system: You are a helpful assistant.
user:
Analyze the provided spectrum to determine if it is a **"Cataclysmic Variables (CV)"**.

- **Key Indicators for CV (Check for either state):**
    - **State 1: Quiescent / Low-State (Emission-Dominated)**
        - **(Primary):** Strong and *very broad* Hydrogen Balmer emission lines (e.g., $H\alpha$ at 6563 Å, $H\beta$ at 4861 Å). The 'broadness' (high velocity dispersion, often FWHM > 1000 km/s) is the key diagnostic, indicating a high-velocity accretion disk.
        - **(Secondary):** Broad neutral Helium (He I) emission lines (e.g., 5876 Å, 6678 Å).
        - **(Key Confirmation):** Presence of high-excitation *ionized* Helium (He II) emission at 4686 Å. This is a strong indicator of accretion onto a white dwarf.
        - **(Line Profile):** Emission lines may exhibit a 'double-peaked' profile, which is a classic signature of a rotating accretion disk viewed at high inclination.

    - **State 2: Outburst / High-State (Absorption-Dominated)**
        - **(Primary):** Spectrum is dominated by a bright, blue continuum (looks like a hot star).
        - **(Secondary):** The emission lines from State 1 are weak, absent, or 'filled in', and are replaced by broad, shallow *absorption* lines (primarily Balmer and He I).
        - **(Morphology):** The overall spectrum mimics a hot B/A-type star. The crucial difference is that the absorption lines are significantly broader, shallower, and more 'washed-out' (or 'smeared') than the sharp lines of a normal stellar photosphere, due to high rotational speeds and pressure broadening in the disk.

Think first, call **spectral_visualization_tool** if needed to examine features in detail, then provide your final answer. Your response must adhere to the following strict rules:
1.  **Overall Structure:** Your response must follow the format `<think>...</think> <tool_call>...</tool_call> (if a tool is used) <answer>...</answer>`.
2.  **Tool Usage Constraint:** You may only make **one** tool call per turn.
3.  **Final Answer Format:** In the `<answer>` tag, your conclusion must be inside a `\boxed{}` command (e.g., `\boxed{YES}`), followed by your justification.

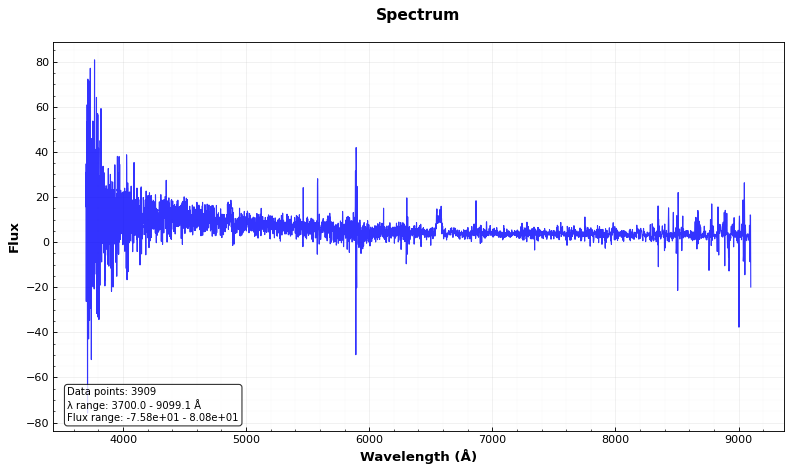
Answer: YES